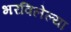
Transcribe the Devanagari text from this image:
भरविलेल्या